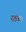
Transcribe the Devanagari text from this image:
स्तव्यः